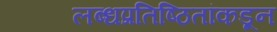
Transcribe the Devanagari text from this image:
लब्धप्रतिष्ठितांकडून